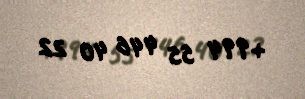
+994 55 446 40 22